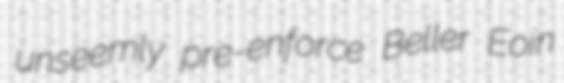
unseemly pre-enforce Beller Eoin